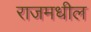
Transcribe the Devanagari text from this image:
राजमधील